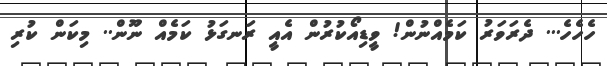
ހެހެހެ... ދެރަވަރު ކަމެެއްނުން! ވީޑިއޯކުރުން އެއީ ރަނގަޅު ކަމެއް ނޫން.. މިކަން ކުރި